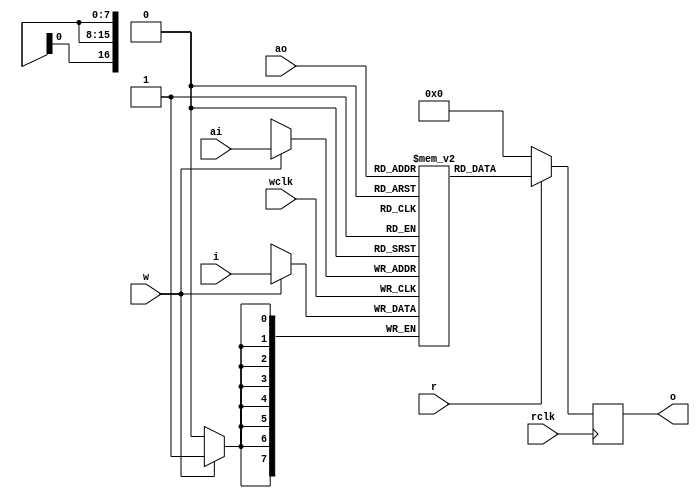

module ram_dp128kx8(input        rclk,
		    input 	 wclk,
		    input [16:0] ai,
		    input [7:0]  i,
		    input [16:0] ao,
		    output [7:0] o,
		    input 	 r,
		    input 	 w);

   reg [7:0] ram[0:129071];
   reg [7:0] d;
   
   wire ram_read;
   wire ram_write;
   assign ram_read = r;
   assign ram_write = w;

   always @(posedge rclk)
     if (ram_read)
       d <= ram[ao];
     else
       d <= 0;

   assign o = d;
   
   always @(posedge wclk)
     if (ram_write)
       ram[ai] <= i;
   
endmodule // ram_dp12kx8